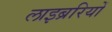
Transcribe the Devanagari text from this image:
लाइब्ररियों